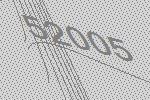
52005